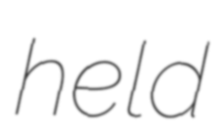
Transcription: held